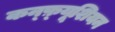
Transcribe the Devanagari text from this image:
कन्फ़्यूशियन